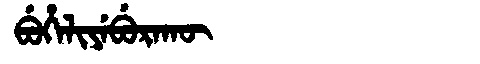
Manchu: ᠪᡠᡥᡝᠯᡳᠶᡝᠪᡠᡵᠠᡴᡡ
Romanization: BUHELIYEBURAKŪ